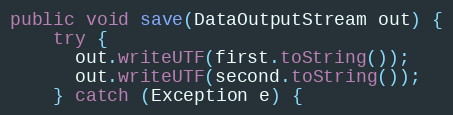
Language: Java
public void save(DataOutputStream out) {
    try {
      out.writeUTF(first.toString());
      out.writeUTF(second.toString());
    } catch (Exception e) {